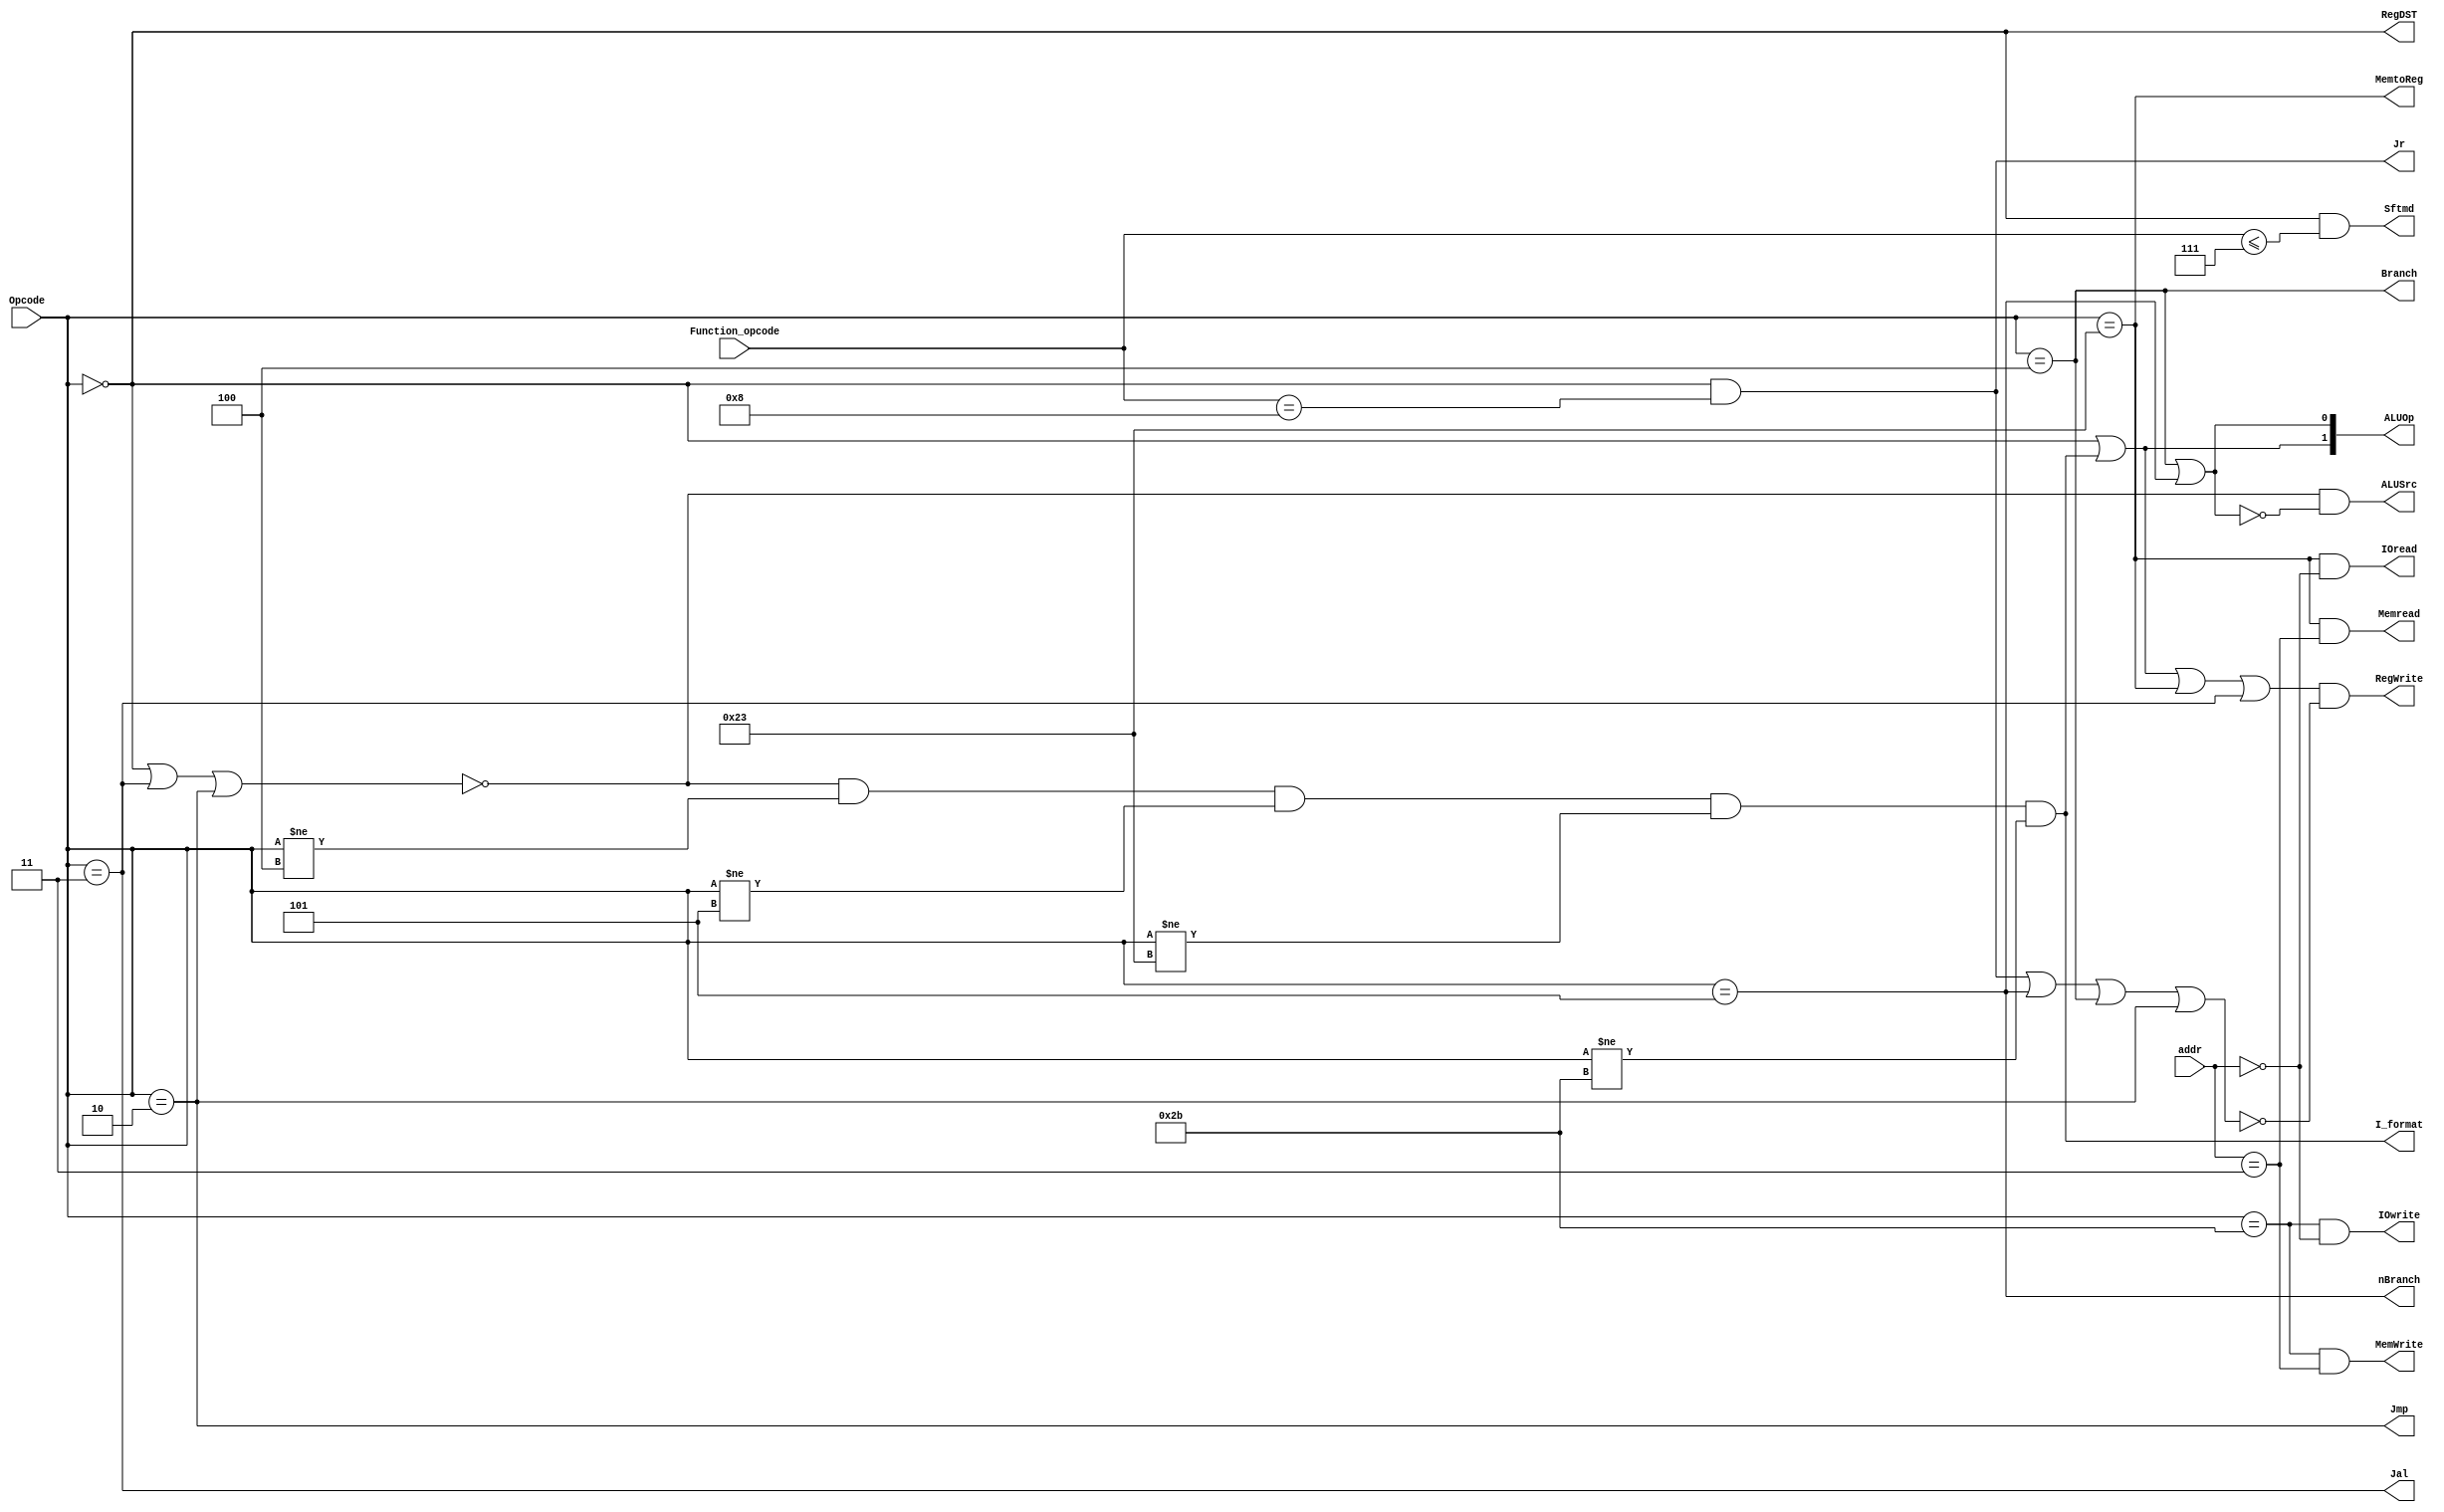
`timescale 1ns / 1ps
//////////////////////////////////////////////////////////////////////////////////
// Company: 
// Engineer: 
// 
// Design Name: 
// Module Name: control32
// Project Name: 
// Target Devices: 
// Tool Versions: 
// Description: 
// 
// Dependencies: 
// 
// Revision:
// Revision 0.01 - File Created
// Additional Comments:
// 
//////////////////////////////////////////////////////////////////////////////////


module control32(Opcode,addr,Function_opcode,Jr,RegDST,ALUSrc,MemtoReg,RegWrite,
                    MemWrite,Branch,nBranch,Jmp,Jal,I_format,Sftmd,ALUOp,IOwrite,IOread,Memread);
    input[5:0]   Opcode;            // ????IFetch????????6bit??instruction[31..26]
    input[1:0]   addr;
    input[5:0]   Function_opcode;  	// ????IFetch????????6bit??????????r-?????????instructions[5..0]
    output       Jr;         	 // ?1????????????jr???0???????????jr
    output       RegDST;          // ?1?????????????rd???????????????rt
    output       ALUSrc;          // ?1?????????????????ALU??Binput????????????beq??bne???????0???????????????????????
    output       MemtoReg;     // ?1??????????????I/O????????????
    output       RegWrite;   	  //  ?1?????????????????
    output       MemWrite;       //  ?1????????????????
    output       Branch;        //  ?1??????beq????0????????beq???
    output       nBranch;       //  ?1??????Bne????0????????bne???
    output       Jmp;            //  ?1??????J????0????????J???
    output       Jal;            //  ?1??????Jal????0????????Jal???
    output       I_format;      //  ?1????????????beq??bne??LW??SW????????I-???????
    output       Sftmd;         //  ?1????????????0?????????????
    output[1:0]  ALUOp;        //  ??R-?????I_format=1?1????bit???1, beq??bne?????0????bit???1
    output       IOwrite;
    output       IOread;
    output       Memread;
    wire R;
    wire I;

    assign R=(Opcode==0);
    assign I=~(R||Jal||Jmp);
    assign MemtoReg = (Opcode==35);    
    assign MemWrite= (Opcode==43)&&(addr==2'b11);
    assign Branch=(Opcode==4);
    assign nBranch=(Opcode==5);
    assign Jmp = (Opcode == 2);
    assign Jal = (Opcode == 3);
    assign Sftmd=(Opcode==0)&&(Function_opcode<=7);
    assign Jr = (Opcode==0 && Function_opcode==8);
    
    assign RegWrite=(R||I_format||MemtoReg||Jal)&&(~(Jr||nBranch||Branch||Jmp));//sw beq  bne
    assign RegDST = R;
    assign ALUSrc = I&&(~(Branch ||nBranch));
    assign I_format=(I)&&(Opcode != 4)&&(Opcode!=5)&&(Opcode!=35)&&(Opcode!=43);
    
    assign ALUOp[1] = (R||I_format);
    assign ALUOp[0] = (Branch ||nBranch);
    //sw 43   lw:25
    assign IOwrite=(Opcode==43)&&(addr==2'b00);//sw&&qianliangweishi0
    assign IOread=(Opcode==35)&&(addr==2'b00);
    assign Memread=(Opcode==35)&&(addr==2'b11);


endmodule